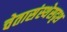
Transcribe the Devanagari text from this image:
चेतासंस्थेसदृश